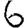
Digit: 6